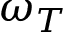
\omega _ { T }